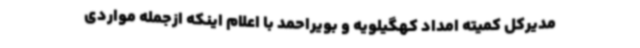
مدیرکل کمیته امداد کهگیلویه و بویراحمد با اعلام اینکه ازجمله مواردی